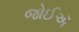
જોઈઍ